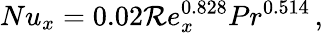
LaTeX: Nu_{x}=0.02\mathcal{R}e_{x}^{0.828}Pr^{0.514}\, ,